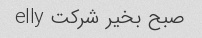
صبح بخیر شرکت elly